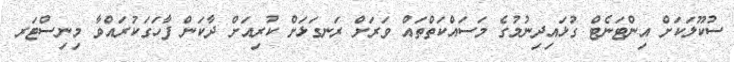
ސުކޫލަކަށް އިންޓަނެޓް ގުޅައިދިނުމުގެ މަސައްކަތްތައް ވަރަށް ރަނގަޅަށް ކުރިއަށް ދާކަން ފާހަގަކުރައްވާ މިނިސްޓަރ